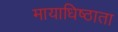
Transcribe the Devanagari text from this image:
मायाधिष्ठाता